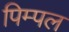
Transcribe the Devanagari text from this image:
पिम्पल